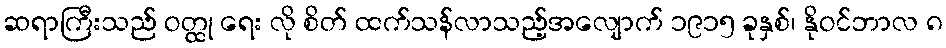
ဆရာကြီးသည် ဝတ္ထု ရေး လို စိတ် ထက်သန်လာသည့်အလျောက် ၁၉၁၅ ခုနှစ်၊ နိုဝင်ဘာလ ၈